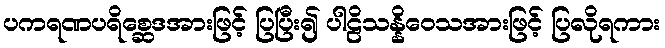
ပကရဏပရိစ္ဆေဒအားဖြင့် ပြပြီး၍ ပါဠိသန္နိဝေသအားဖြင့် ပြလိုရကား